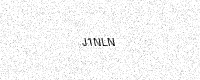
Text: J1NLN